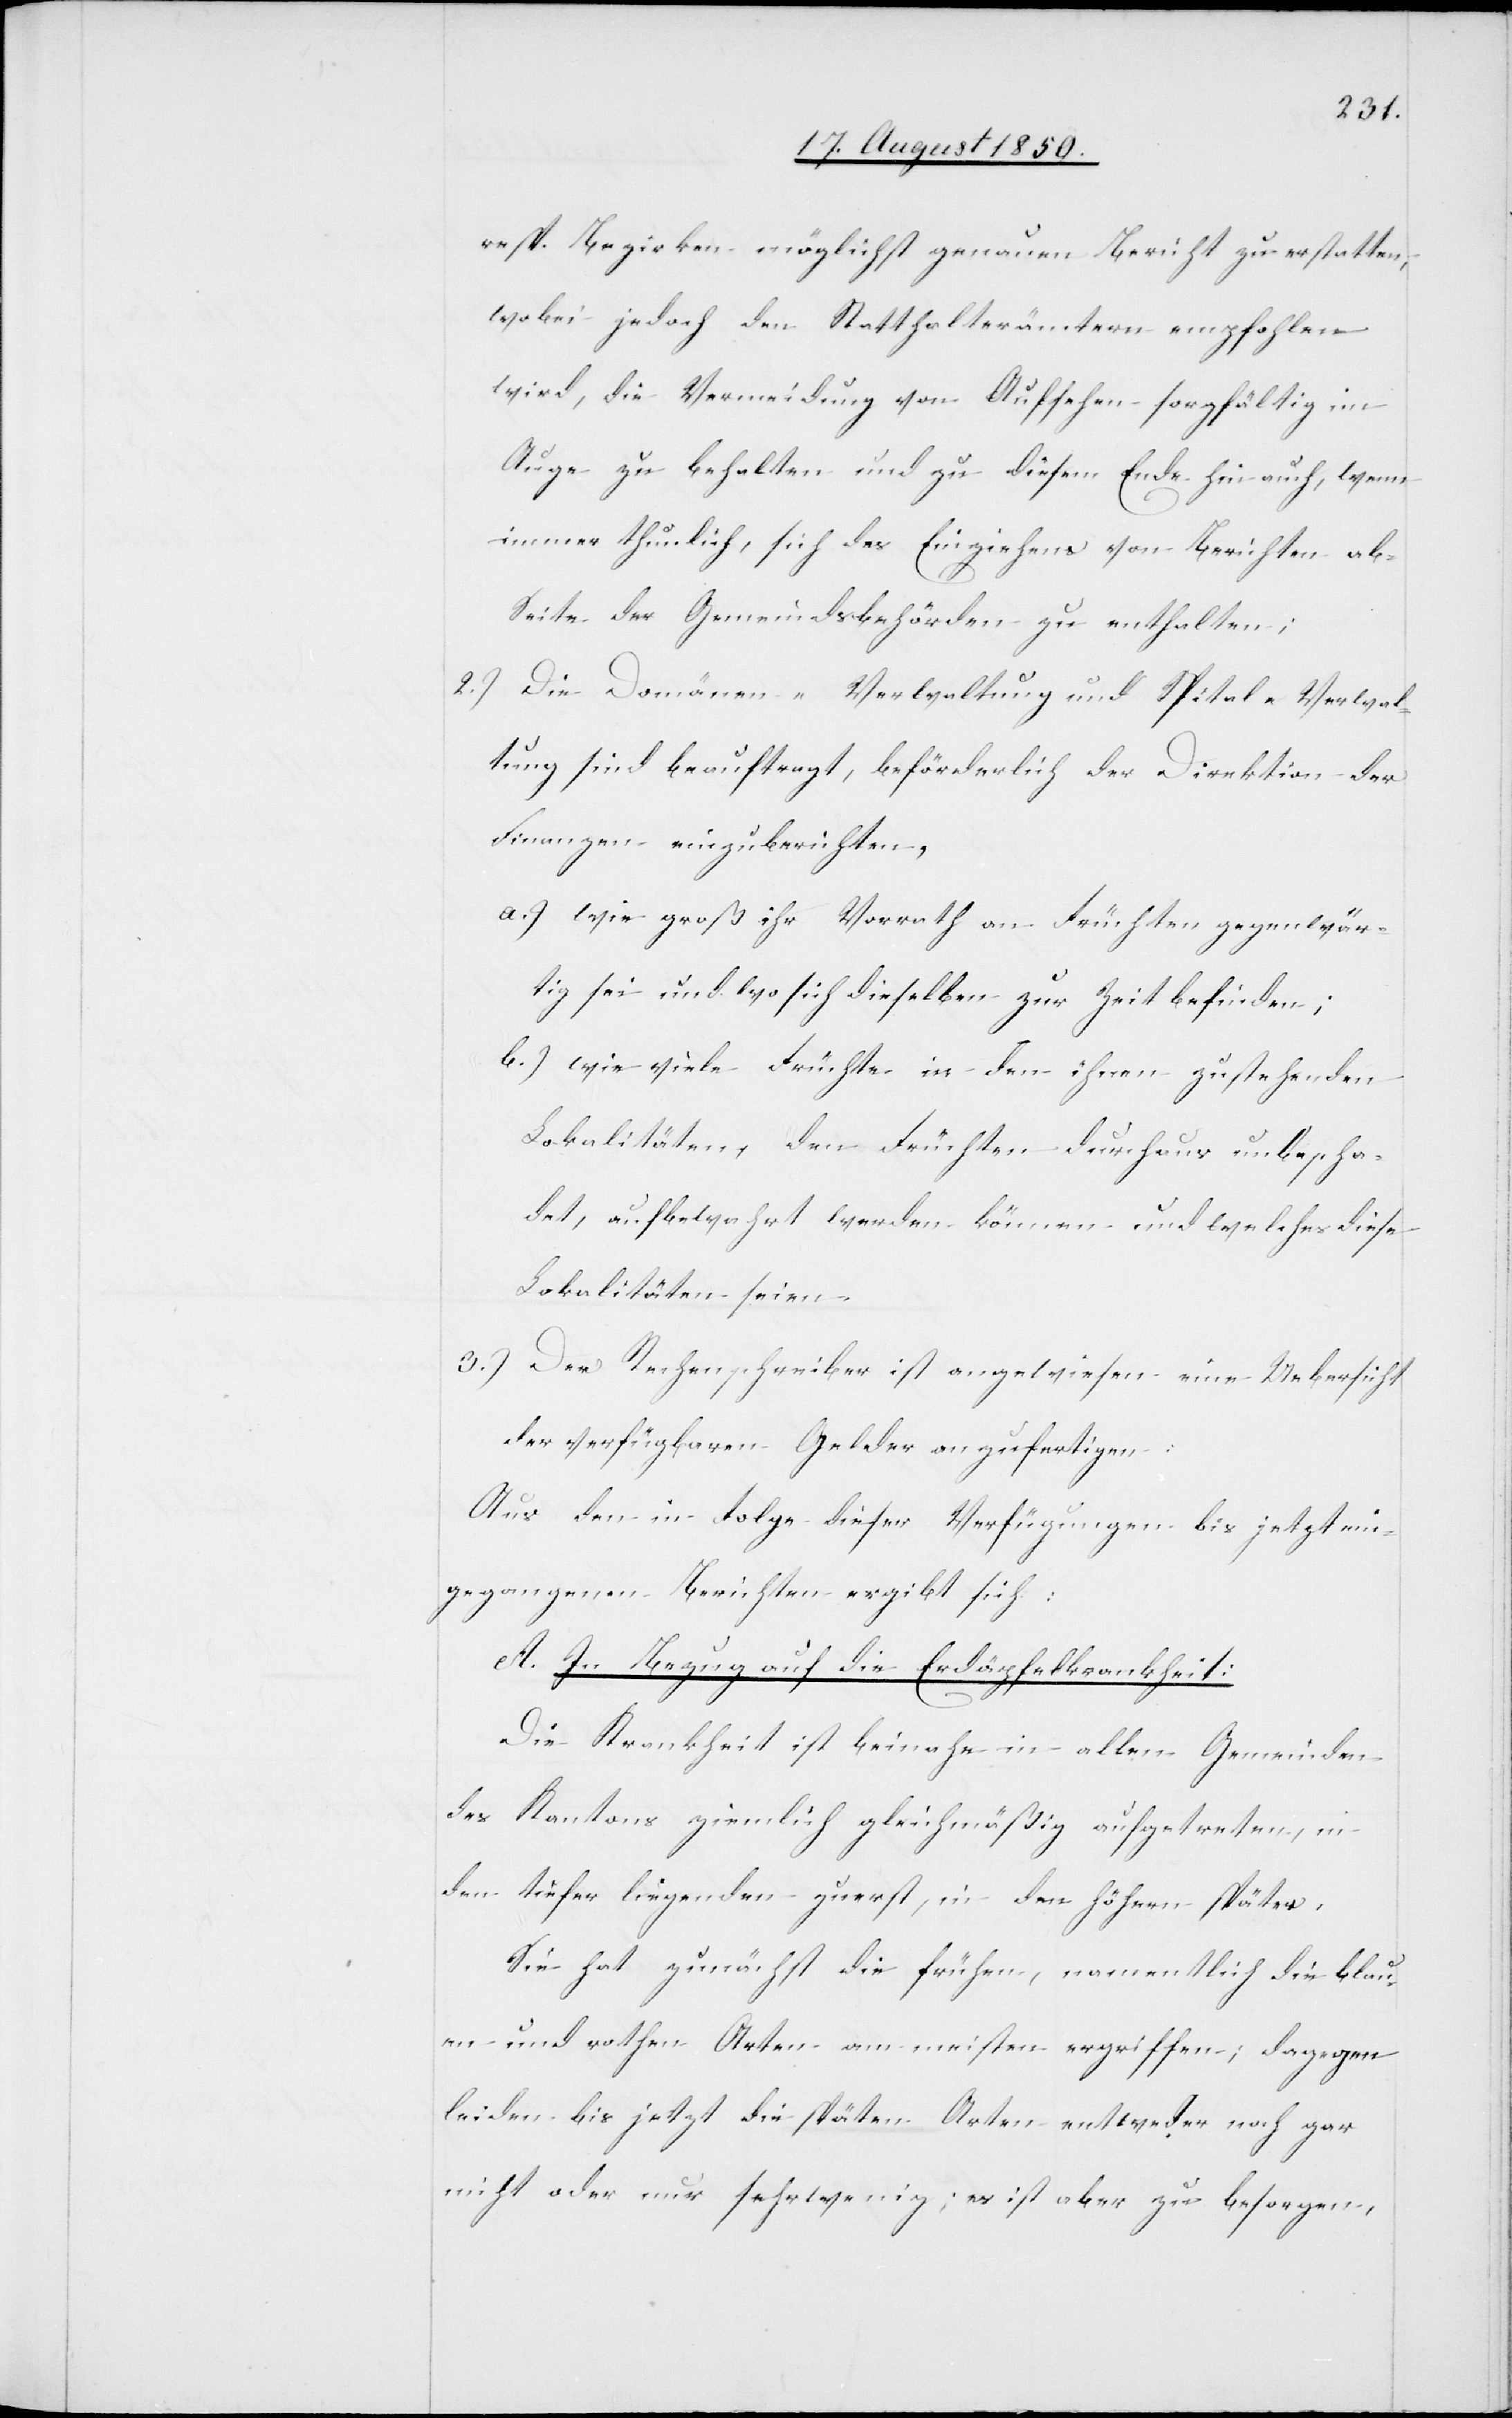
resp. Bezirken möglichst genauen Bericht zu erstatten,
wobei jedoch den Statthalterämtern empfohlen
wird, die Vermeidung von Aufsehen sorgfältig im
Auge zu behalten und zu diesem Ende hin auch, wenn
immer thunlich, sich des Einziehens von Berichten ab
Seite der Gemeindsbehörden zu enthalten;
2.) Die Domänen-Verwaltung und Spital-Verwal¬
tung sind beauftragt, beförderlich der Direktion der
Finanzen einzuberichten,
a.) wie groß ihr Vorrath an Früchten gegenwär¬
tig sei und wo sich dieselben zur Zeit befinden;
b.) wie viele Früchte in den ihnen zustehenden
Lokalitäten, den Früchten durchaus unbescha¬
det, aufbewahrt werden können und welches diese
Lokalitäten seien.
3.) Der Rechenschreiber ist angewiesen eine Uebersicht
der verfügbaren Gelder anzufertigen:
Aus den in Folge dieser Verfügungen bis jetzt ein¬
gegangenen Berichten ergibt sich:
A. In Bezug auf die Erdäpfelkrankheit:
Die Krankheit ist beinahe in allen Gemeinden
des Kantons ziemlich gleichmäßig aufgetreten, in
den tiefer liegenden zuerst, in den höhern später.
Sie hat zunächst die frühen, namentlich die blau¬
en und rothen Arten am meisten ergriffen; dagegen
leiden bis jetzt die späten Arten entweder noch gar
nicht oder nur sehr wenig; es ist aber zu besorgen,